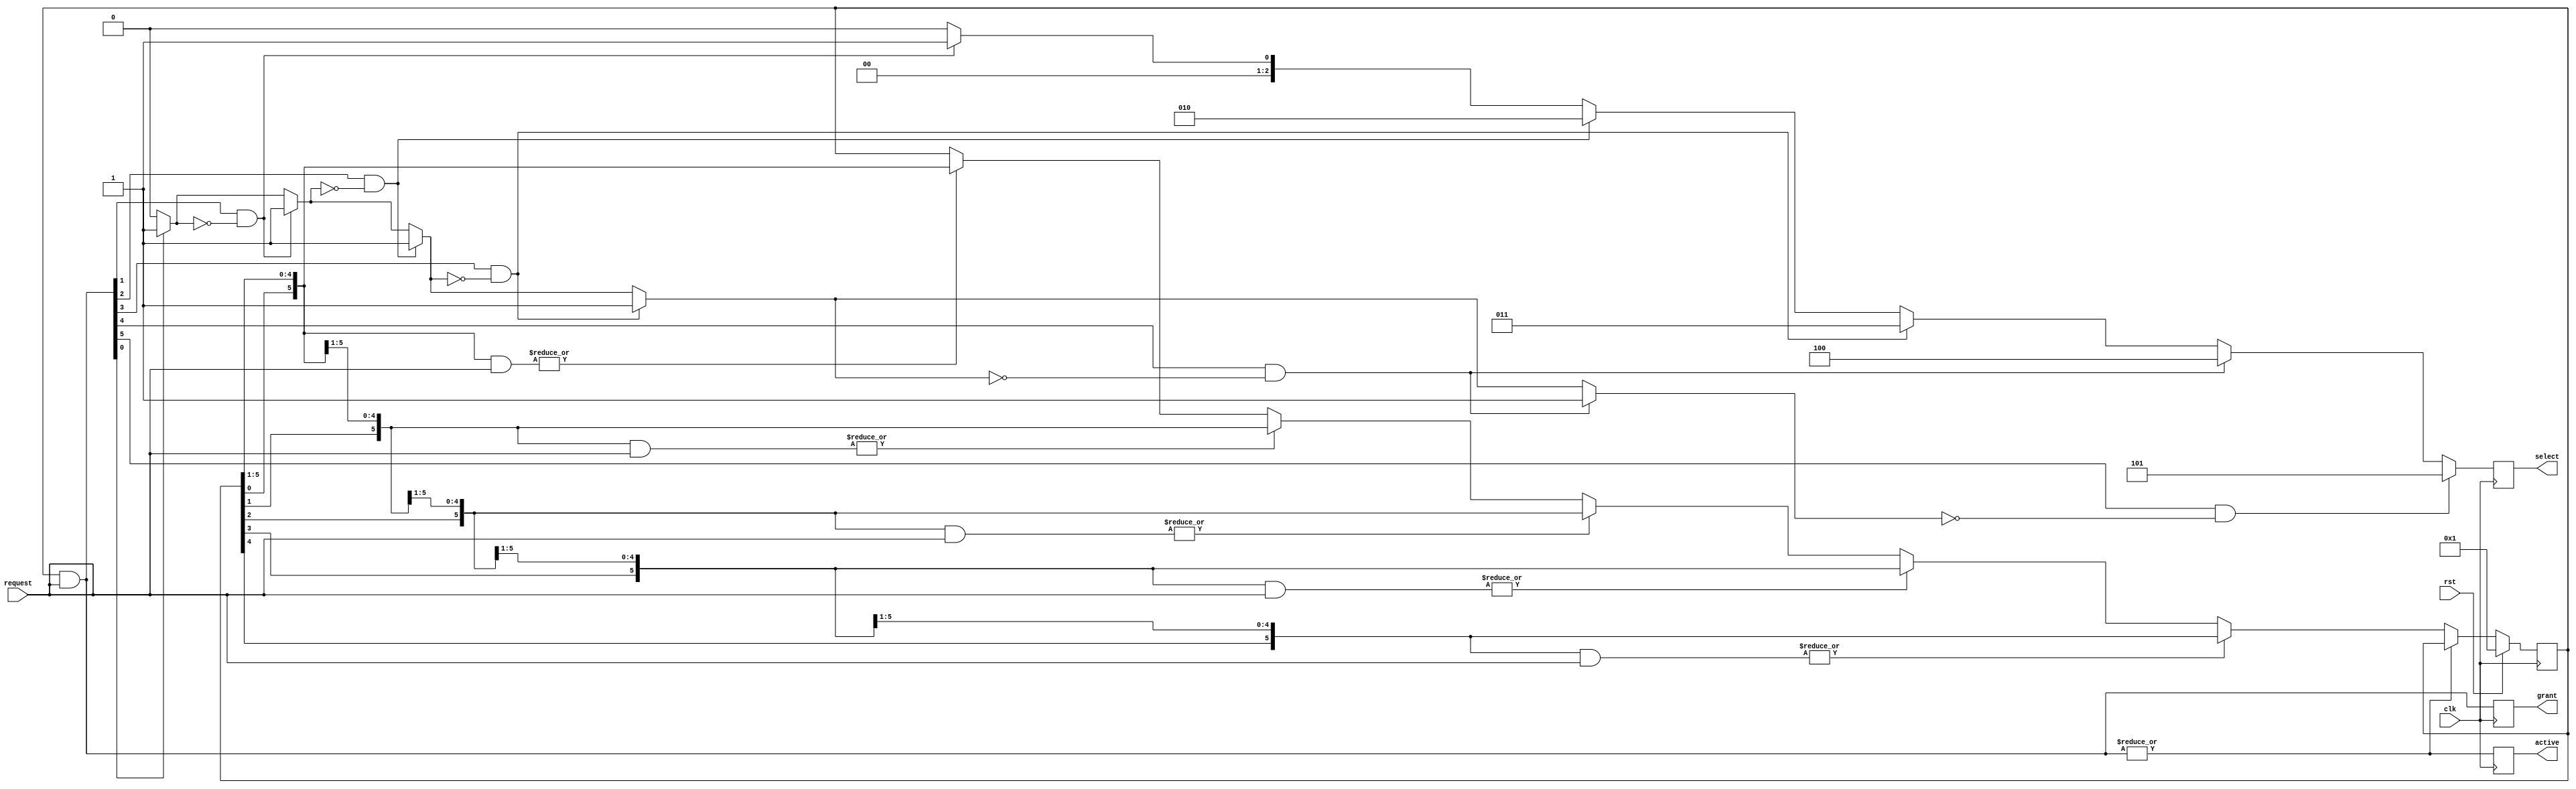
/**
 * Module: arbiter
 *
 * Description:
 *  A look ahead, round-robing parameterized arbiter.
 *
 * <> request
 *  each bit is controlled by an actor and each actor can 'request' ownership
 *  of the shared resource by bring high its request bit.
 *
 * <> grant
 *  when an actor has been given ownership of shared resource its 'grant' bit
 *  is driven high
 *
 * <> select
 *  binary representation of the grant signal (optional use)
 *
 * <> active
 *  is brought high by the arbiter when (any) actor has been given ownership
 *  of shared resource.
 *
 *
 *
 */
`ifndef _arbiter_ `define _arbiter_


module arbiter
  #(parameter
    NUM_PORTS = 6,
    SEL_WIDTH = ((NUM_PORTS > 1) ? $clog2(NUM_PORTS) : 1))
   (input                       clk,
    input                       rst,
    input      [NUM_PORTS-1:0]  request,
    output reg [NUM_PORTS-1:0]  grant,
    output reg [SEL_WIDTH-1:0]  select,
    output reg                  active
);

    /**
     * Local parameters
     */

    localparam WRAP_LENGTH = 2*NUM_PORTS;


    // Find First 1 - Start from MSB and count downwards, returns 0 when no
    // bit set
    function [SEL_WIDTH-1:0] ff1 (
        input [NUM_PORTS-1:0] in
    );
        reg     set;
        integer i;

        begin
            set = 1'b0;
            ff1 = 'b0;

            for (i = 0; i < NUM_PORTS; i = i + 1) begin
                if (in[i] & ~set) begin
                    set = 1'b1;
                    ff1 = i[0 +: SEL_WIDTH];
                end
            end
        end
    endfunction


`ifdef VERBOSE
    initial $display("Bus arbiter with %d units", NUM_PORTS);
`endif


    /**
     * Internal signals
     */

    integer                 yy;

    wire                    next;
    wire [NUM_PORTS-1:0]    order;

    reg  [NUM_PORTS-1:0]    token;
    wire [NUM_PORTS-1:0]    token_lookahead [NUM_PORTS-1:0];
    wire [WRAP_LENGTH-1:0]  token_wrap;


    /**
     * Implementation
     */

    assign token_wrap   = {token, token};

    assign next         = ~|(token & request);


    always @(posedge clk)
        grant <= token & request;


    always @(posedge clk)
        select <= ff1(token & request);


    always @(posedge clk)
        active <= |(token & request);


    always @(posedge clk)
        if (rst) token <= 'b1;
        else if (next) begin

            for (yy = 0; yy < NUM_PORTS; yy = yy + 1) begin : TOKEN_

                if (order[yy]) begin
                    token <= token_lookahead[yy];
                end
            end
        end


    genvar xx;
    generate
        for (xx = 0; xx < NUM_PORTS; xx = xx + 1) begin : ORDER_

            assign token_lookahead[xx]  = token_wrap[xx +: NUM_PORTS];

            assign order[xx]            = |(token_lookahead[xx] & request);

        end
    endgenerate


endmodule

`endif //  `ifndef _arbiter_